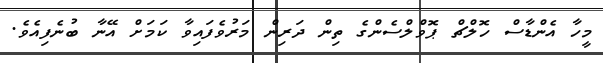
މީހާ އެންޑާސް ހޮލްޗް ޕޮވްލްސެންގެ ތިން ދަރިން މަރުވެފައިވާ ކަމަށް އޭނާ ބުނެފިއެވެ.